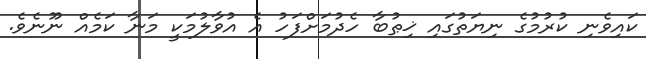
ކައިވެނި ކުރުމުގެ ނިޔަތުގައި ޚިޠުބާ ހެދުމަށްފަހު އެ އުވާލުމަކީ މަނާ ކަމެއް ނޫނެވެ.